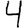
Digit: 4